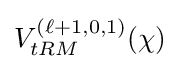
V_{tRM}^{(\ell +1,0,1)}(\chi )